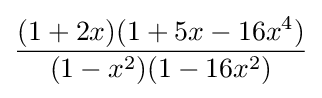
{\frac {(1+2x)(1+5x-16x^{4})}{(1-x^{2})(1-16x^{2})}}